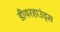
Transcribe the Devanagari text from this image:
डीयरहाउंड्स